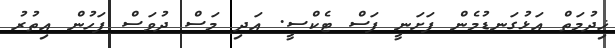
ޚިދުމަތް އަޅުގަނޑުމެން ފަށަނީ ފަސް ޓެކްސީ. އަދި މަސް ދުވަސް ފަހުން އިތުރު